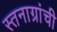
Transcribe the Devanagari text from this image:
स्तनाग्रांची